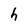
Character: h